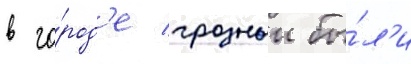
в го́род'е грозныи бы́л'и